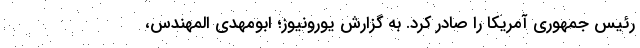
رئیس جمهوری آمریکا را صادر کرد. به گزارش یورونیوز؛ ابومهدی المهندس،